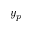
y _ { p }